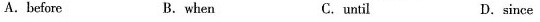
A.before B. when C.until D. since